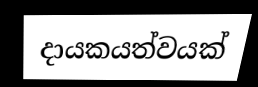
දායකයත්වයක්